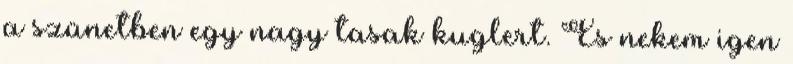
a szünetben egy nagy tasak kuglert. És nekem igen